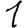
Digit: 1